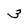
Character: 3